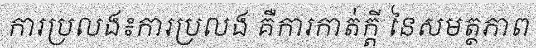
ការប្រលង៖ការប្រលង គឺការកាត់ក្តី នៃសមត្ថភាព